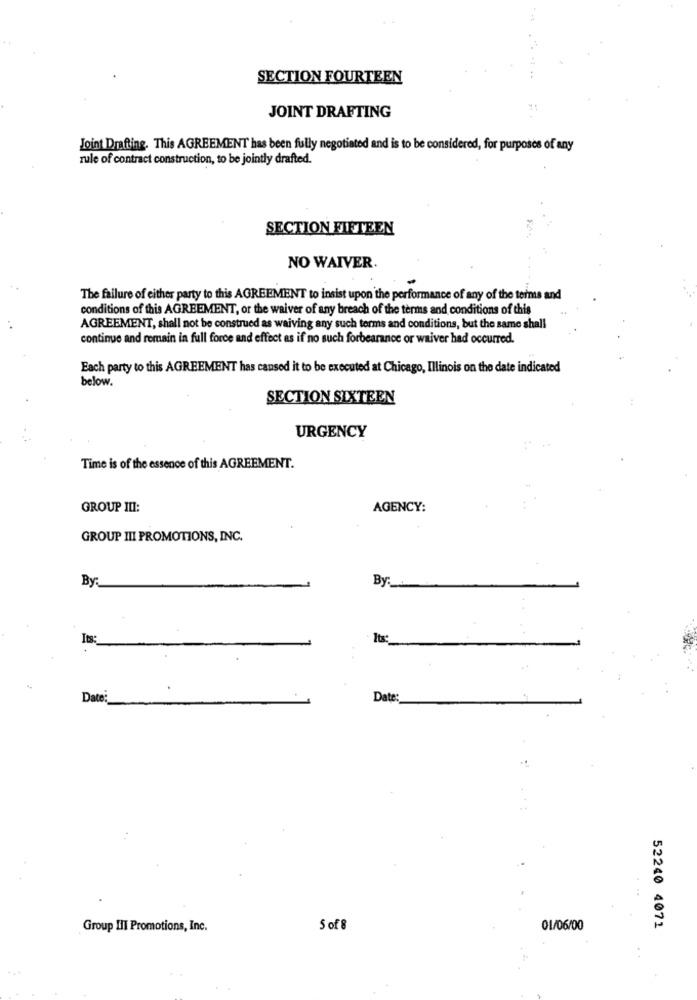
SECTION FOURTEEN
JOINT DRAFTING
Joint Drafting. This AGREEMENT has been fully negotiated and is to be considered, for purposes of any
rule of contract construction, to be jointly drafted.
SECTION FIFTEEN
NO WAIVER.
The failure of either party to this AGREEMENT to insist upon the performance of any of the terms and
conditions of this AGREEMENT, or the waiver of any breach of the terms and conditions of this
AGREEMENT, shall not be construed as waiving any such terms and conditions, but the same shall
continue and remain in full force and effect as if no such forbearance or waiver had occurred.
Each party to this AGREEMENT has caused it to be executed at Chicago, Illinois on the date indicated
below.
SECTION SIXTEEN
URGENCY
Time is of the essence of this AGREEMENT.
GROUP III:
AGENCY:
GROUP III PROMOTIONS, INC.
By
By
Its:
Its:
Date:
Date:
Group III Promotions, Inc.
5 of 8
01/06/00
52240 4071